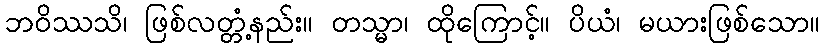
ဘဝိဿသိ၊ ဖြစ်လတ္တံ့နည်း။ တသ္မာ၊ ထိုကြောင့်။ ပိယံ၊ မယားဖြစ်သော။